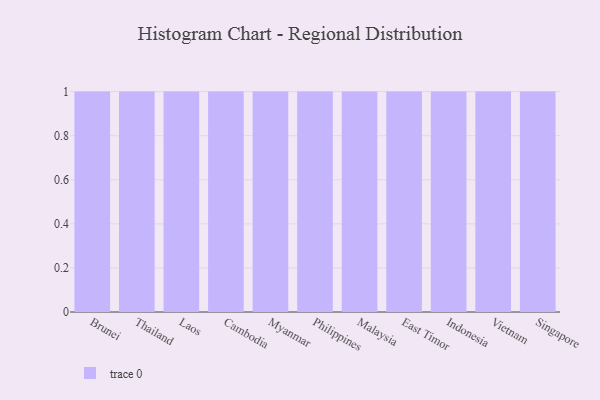
{"axis": {"x": "Country", "y": "Demand Index"}, "legend": [""], "data": [{"x": "Brunei", "y": 72, "type": ""}, {"x": "Thailand", "y": 100, "type": ""}, {"x": "Laos", "y": 50, "type": ""}, {"x": "Cambodia", "y": 32, "type": ""}, {"x": "Myanmar", "y": 28, "type": ""}, {"x": "Philippines", "y": 64, "type": ""}, {"x": "Malaysia", "y": 33, "type": ""}, {"x": "East Timor", "y": 3, "type": ""}, {"x": "Indonesia", "y": 33, "type": ""}, {"x": "Vietnam", "y": 57, "type": ""}, {"x": "Singapore", "y": 9, "type": ""}]}